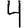
Digit: 4